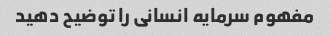
مفهوم سرمایه انسانی را توضیح دهید